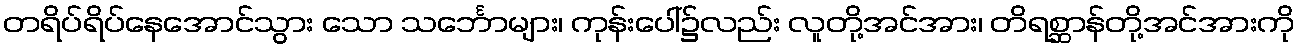
တရိပ်ရိပ်နေအောင်သွား သော သင်္ဘောများ၊ ကုန်းပေါ်၌လည်း လူတို့အင်အား၊ တိရစ္ဆာန်တို့အင်အားကို